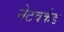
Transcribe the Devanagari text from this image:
नेटवर्कड